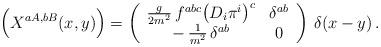
LaTeX: \begin{align*}\Bigl(X^{aA,bB}(x,y)\Bigr)=\left(\begin{array}{cc}\frac{g}{2m^2}\,f^{abc}\bigl(D_i\pi^i\bigr)^c&\delta^{ab}\\-\,\frac{1}{m^2}\,\delta^{ab}&0\end{array}\right)\,\delta(x-y)\,.\end{align*}